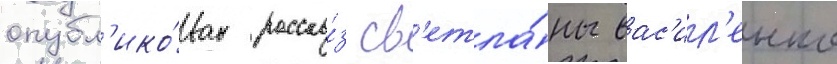
опубл'ико́ван расска́з св'етла́ны вас'ил'енко